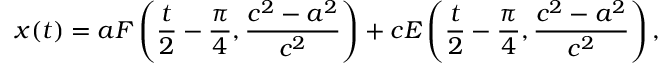
x ( t ) = a F \left( \frac { t } { 2 } - \frac { \pi } { 4 } , \frac { c ^ { 2 } - a ^ { 2 } } { c ^ { 2 } } \right) + c E \left( \frac { t } { 2 } - \frac { \pi } { 4 } , \frac { c ^ { 2 } - a ^ { 2 } } { c ^ { 2 } } \right) ,